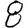
Digit: 8